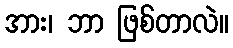
အား၊ ဘာ ဖြစ်တာလဲ။